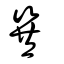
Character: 巽